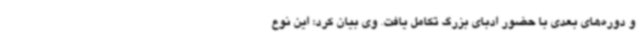
و دوره‌های بعدی با حضور ادبای بزرگ تکامل یافت. وی بیان کرد: این نوع